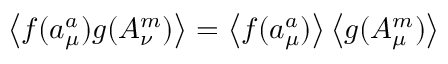
\left\langle f ( a _ { \mu } ^ { a } ) g ( A _ { \nu } ^ { m } ) \right\rangle = \left\langle f ( a _ { \mu } ^ { a } ) \right\rangle \left\langle g ( A _ { \mu } ^ { m } ) \right\rangle